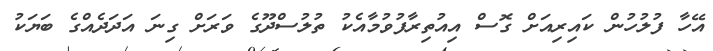
އޭހާ ފުލުހުން ކައިރިއަށް ގޮސް އިއުތިރާފުވުމާއެކު ތުލުސްދޫގެ ވަރަށް ގިނަ އަދަދެއްގެ ބަޔަކު